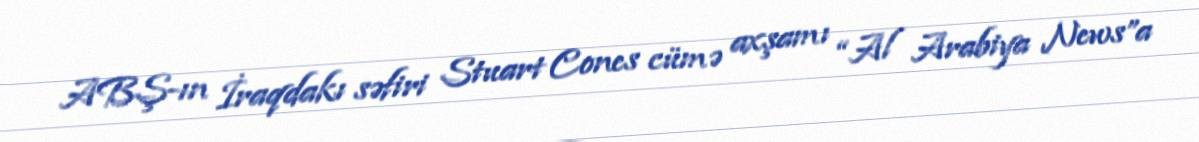
ABŞ-ın İraqdakı səfiri Stuart Cones cümə axşamı “Al Arabiya News”a